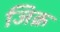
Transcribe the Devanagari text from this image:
जिक्र